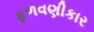
ફળવણીકાર